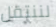
لننتقل